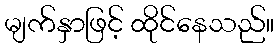
မျက်နှာဖြင့် ထိုင်နေသည်။